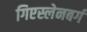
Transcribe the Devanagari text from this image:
गिएस्लेनबर्ग